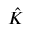
\ensuremath { \hat { K } }